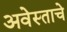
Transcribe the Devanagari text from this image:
अवेस्ताचे